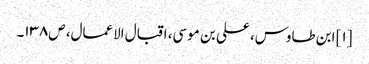
[۱] ابن طاوس، علی بن موسی، اقبال الاعمال، ص۱۳۸۔